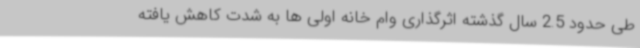
طی حدود 2.5 سال گذشته اثرگذاری وام خانه اولی ها به شدت کاهش یافته